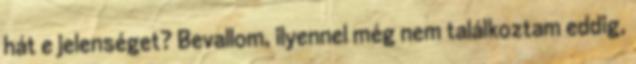
hát e jelenséget? Bevallom, ilyennel még nem találkoztam eddig,